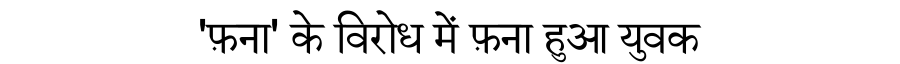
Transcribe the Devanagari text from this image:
'फ़ना' के विरोध में फ़ना हुआ युवक